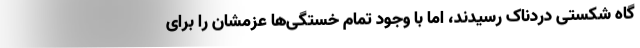
گاه شکستی دردناک رسیدند، اما با وجود تمام خستگی‌ها عزمشان را برای